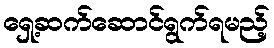
ရှေ့ဆက်ဆောင်ရွက်ရမည့်